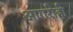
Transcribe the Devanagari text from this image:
आगरीही